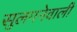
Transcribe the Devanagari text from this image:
सुलगनेवाली